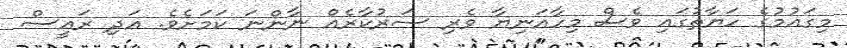
މިގައުމުގެ ހަޔާތުގައި ވެސް މިހާއަނިޔާ ވެރި ސަރުކާރެއް ނާންނަ ކަމަށެވެ. އަދި ރައީސް